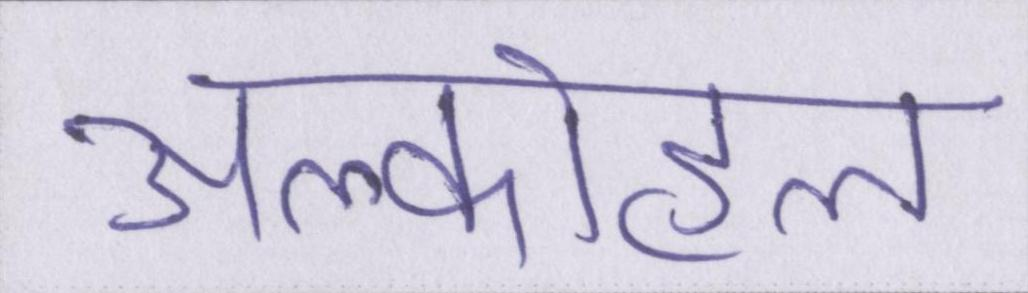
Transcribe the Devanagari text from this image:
अल्कोहल